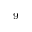
^ { 9 }